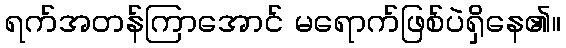
ရက်အတန်ကြာအောင် မရောက်ဖြစ်ပဲရှိနေ၏။